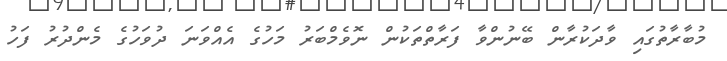
މުބާރާތުގައި ވާދަކުރާން ބޭނުންވާ ފަރާތްތަކުން ނޮވެމްބަރު މަހުގެ އެއްވަނަ ދުވަހުގެ މެންދުރު ފަހު